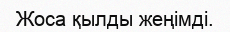
Жоса қылды жеңімді.